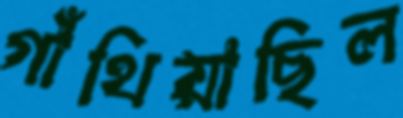
গাঁথিয়াছিল